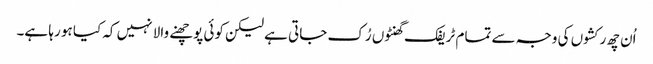
اُن چھ رکشوں کی وجہ سے تمام ٹریفک گھنٹوں رُک جاتی ہے لیکن کوئی پوچھنے والا نہیں کہ کیا ہو رہا ہے۔